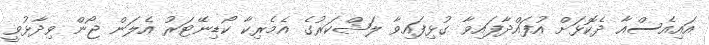
އައިއެސްއާ ދެކޮޅަށް އުފައްދާފައިވާ ގުޅިފައިވާ ލަޝްކަރުގެ އެެމެރިކާ ކޯޑިނޭޓަރު އެލަން ޖޯން ވިދާޅުވީ